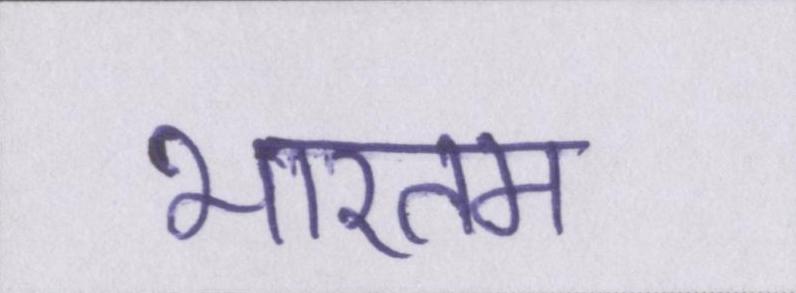
भारतम